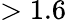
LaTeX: >1.6